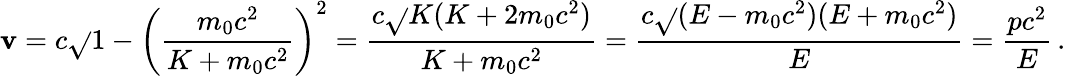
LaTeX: \mathbf{v}=c{\sqrt{}{{1-\left({\frac{{m_{0}c^{2}}}{{K+m_{0}c^{2}}}}\right)^{2}}}}={\frac{{c{\sqrt{}{{K(K+2m_{0}c^{2})}}}}}{{K+m_{0}c^{2}}}}={\frac{{c{\sqrt{}{{(E-m_{0}c^{2})(E+m_{0}c^{2})}}}}}{{E}}}={\frac{{pc^{2}}}{{E}}}\, .